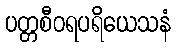
ပတ္တစီဝရပရိယေသနံ